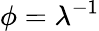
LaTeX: \phi=\lambda^{-1}